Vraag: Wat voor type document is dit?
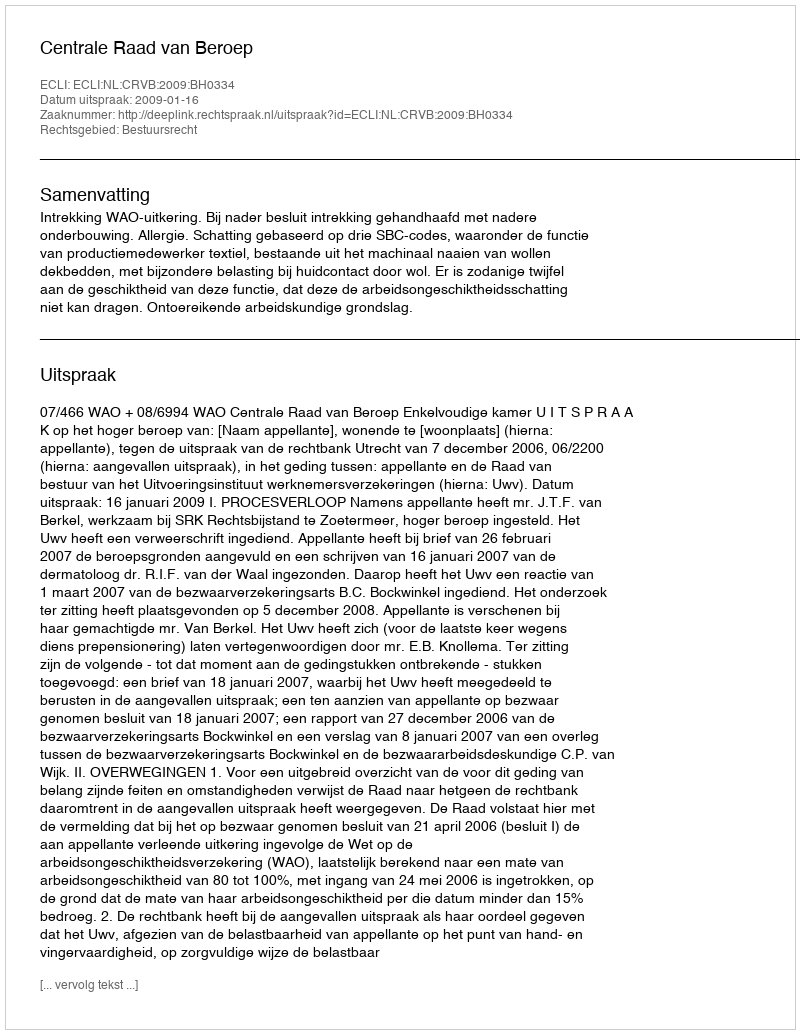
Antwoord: Uitspraak